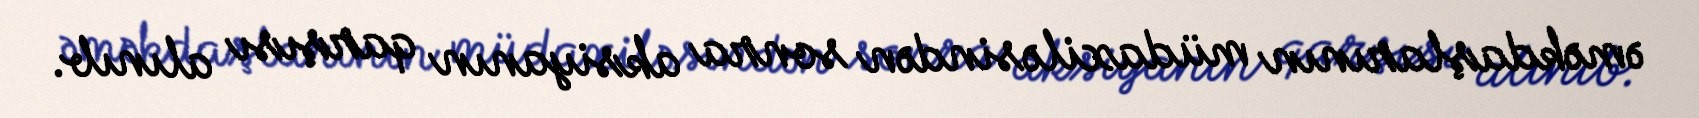
əməkdaşlarının müdaxiləsindən sonra aksiyanın qarşısı alınıb.